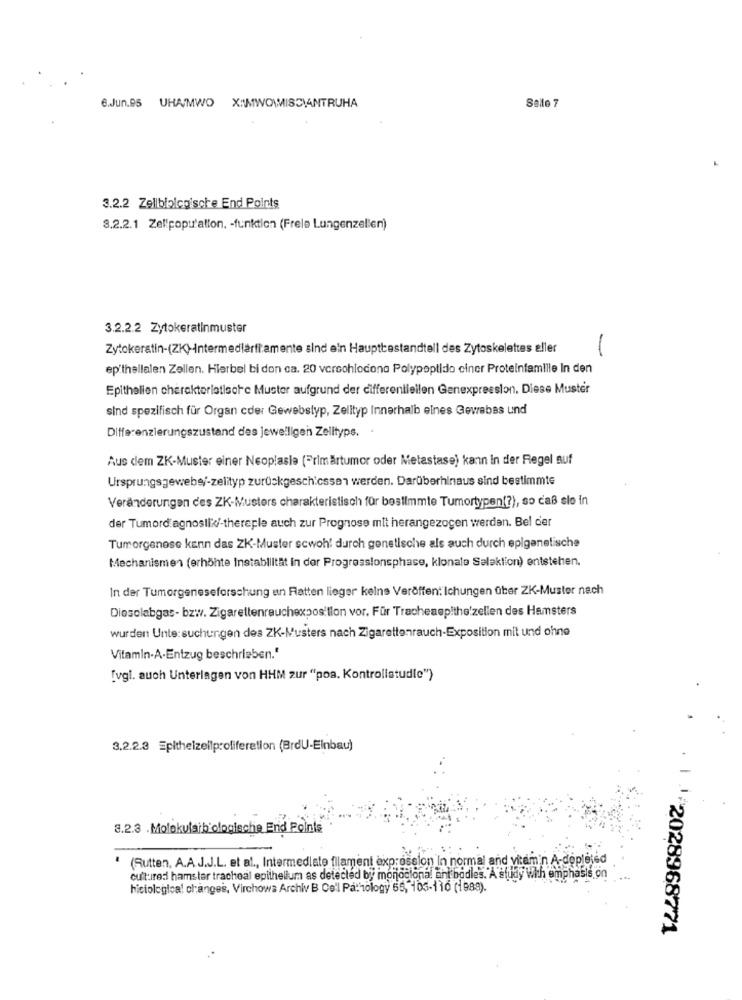
6.Jun.95 UHA/MWO X:\MWOWMISCIANTRUHA
Salle 7
3.2.2 Zellbiolca'sche End Points
3.2.2.1 Zel'population, - funktion (Frele Lungenzellen)
3.2.2.2 Zytokeratinmuster
Zytokeratin-(ZK)-Intermediärfi:amente sind ein Hauptbestandteil des Zytoskelettes eller
-
epithellalen Zellen. Hierbel bi don ca. 20 versohlodono Polypeptido ciner Proteinfamille In den
Epithelien charakterletisore Muster aufgrund der differentiellen Genexpression. Diese Muster
sind spezifisch für Organ cder Gewebstyp, Zelltyp Innerhalb eines Gewebes und
Differenzierungszustand des jeweiligen Zelityps. .
Aus dem ZK-Muster einer Neoplasie (Primärtumor oder Metastase) kann in der Regel auf
Ursprungsgewebe/-zelityp zurückgeschicssen werden. Darüberhinaus sind bestimmte
Veränderungen des ZK-Musters charakteristisch für bestimmte Tumortypen(?), so daß sie in
der Tumordiagnostik/-thereple auch zur Prognose mit herangezogen werden. Bel der
Tumorgenese kann das ZK-Muster scwoh! durch genetische als auch durch eplgenetische
Mechanismen (erhöhte Instabilität In dor Progressionsphase, klonale Salaktion) entstehen.
In der Tumorgeneseforschung en Ratten lieger keine Veröffen: Ichungen über ZK-Muster nach
Dieselabgas- bzw. Zigarettenrauchexposition vor. Für Tracheaepithe'zellen des Hamsters
wurden Untersuchungen des ZK-Musters nach Zigarettenrauch-Exposition mit und ohne
Vitamin-A-Entzug beschrieben."
[vgl. auch Unterlagen von HHM zur "poa. Kontrollstudie")
3.2.2.3 Epithelzeilproliferation (BrdU-Einbau)
3.2.3 . Molekularbiologieche End Points
(Sutten, A.A.J.J.L. et al ., Intermediate filament expression In normal and vitamin A-depleted
culturedi hamster tracheal epithelium as detected by monoclonal ant bodies. A study With emphasis on
hiciological changes, Virchows Archiv B Ce'l Pa: Tology 55, 105-110 (1988).
. 1 1/2028968771